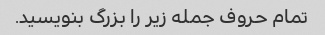
تمام حروف جمله زیر را بزرگ بنویسید.